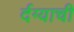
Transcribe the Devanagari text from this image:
र्दग्याची